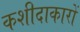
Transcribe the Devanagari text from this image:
कशीदाकारों